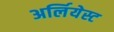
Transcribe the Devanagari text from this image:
अर्लियेस्ट